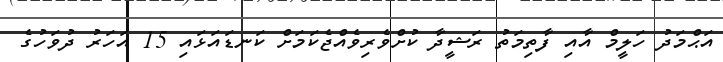
އަޙްމަދު ހަލީމް އާއި ފާތިމަތު ރަޝީދާ ކުށްވެރިވެއްޖެކަމަށް ކަނޑައަޅައި 15 އަހަރު ދުވަހުގެ